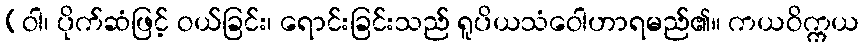
(ဝါ၊ ပိုက်ဆံဖြင့် ဝယ်ခြင်း၊ ရောင်းခြင်းသည် ရူပိယသံဝေါဟာရမည်၏။ ကယဝိက္ကယ